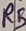
Text: R5